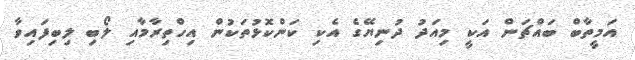
އަމީތާބް ބައްޗަން އަކީ މިއަދު ދުނިޔޭގެ އެކި ކަންކޮޅުތަކުން އިހްތިރާމާއި ލޯބި ލިބިފައިވާ